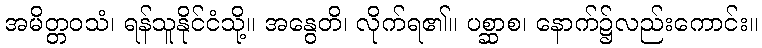
အမိတ္တဝသံ၊ ရန်သူနိုင်ငံသို့။ အနွေတိ၊ လိုက်ရ၏။ ပစ္ဆာစ၊ နောက်၌လည်းကောင်း။